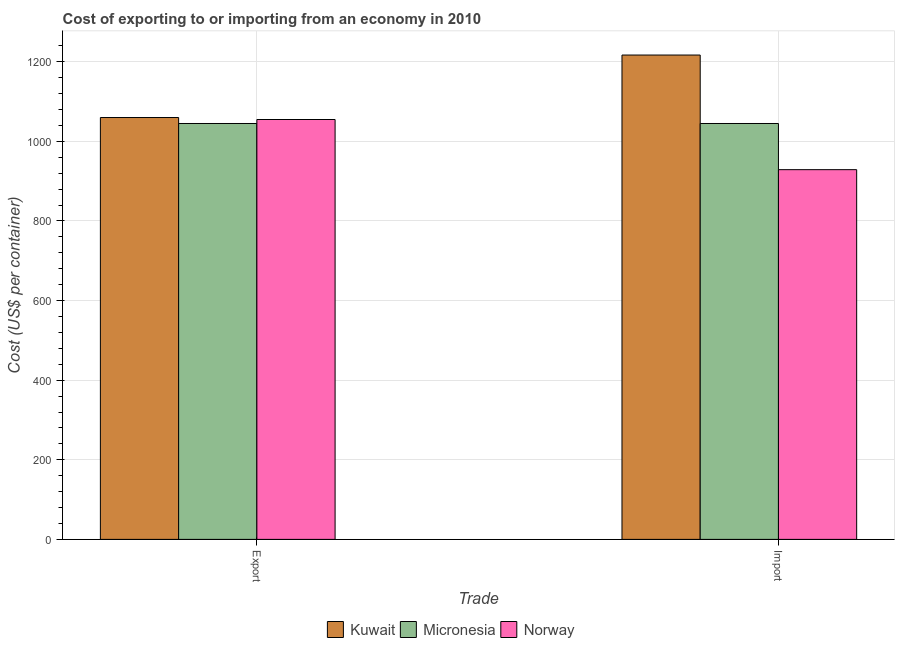
| Trade | Kuwait | Micronesia | Norway |
 | --- | --- | --- | --- |
 | Export | 1.06e+03 | 1.04e+03 | 1.06e+03 |
 | Import | 1.22e+03 | 1.04e+03 | 929 |